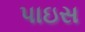
પાઇસ